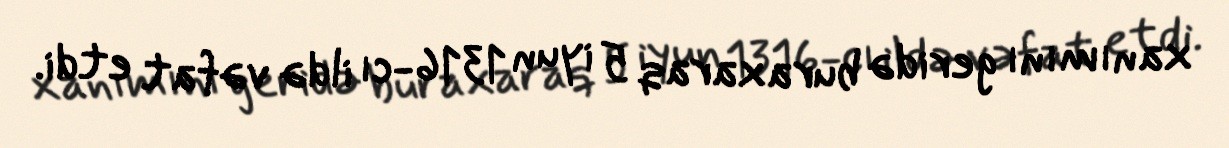
xanımını geridə buraxaraq 5 iyun 1316-cı ildə vəfat etdi.